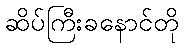
ဆိပ်ကြီးခနောင်တို